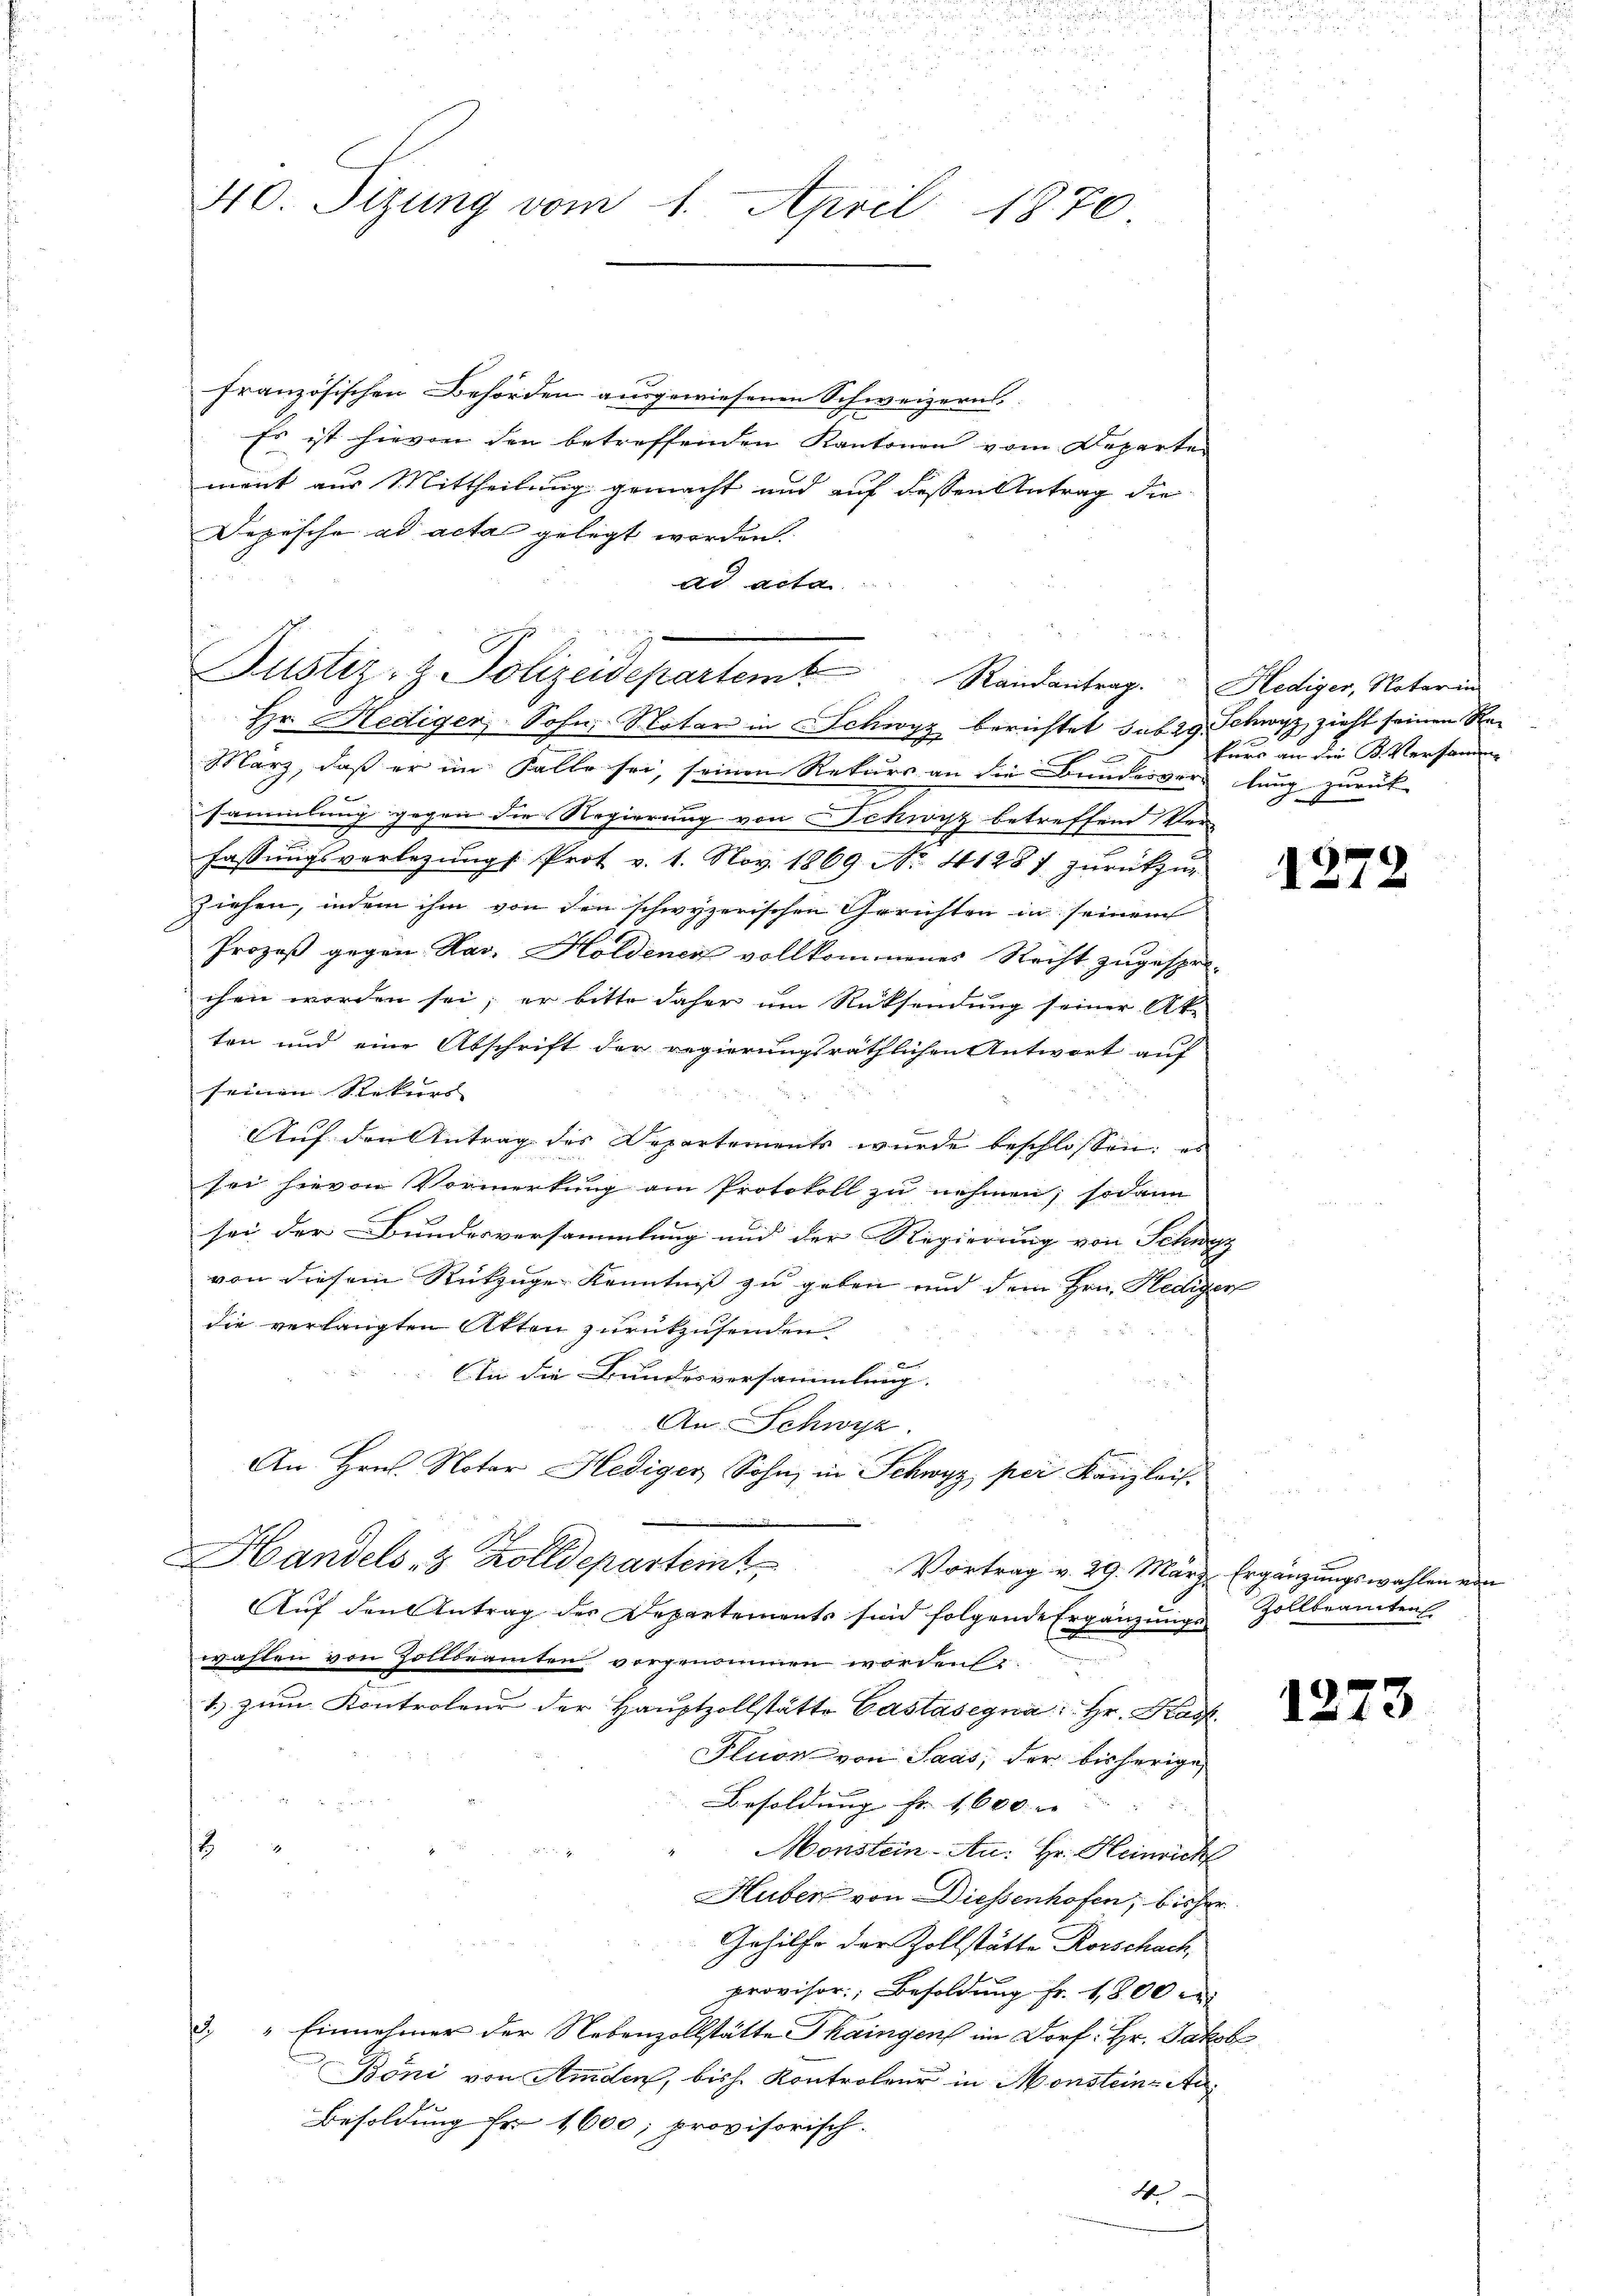
40. Sizung vom 1. April 1870

französischen Behörden ausgewiesenen Schweizern
Es ist hievon den betreffenden Kantonen vom Departen
ment aus Mittheilung gemacht und auf dessen Antrag die
Depesche ad acta gelegt worden.
ad acta
Hr. Hediger, Sohn, Notar in Schwyz berichtet sub 29. Schwyz zieht seinen Re¬
März, daß er im Falle sei, seinen Rekurs an die Bundesver-
sammlung gegen die Regierung von Schwyz betreffend Ver-
Fassungsverlegungs Prot v. 1. Nov. 1869. No. 41287 zurückzu-
ziehen, indem ihm von den schwyzerischen Gerichten in seinem
Prozeß gegen dar. Holdenen vollkommenes Recht zugesprochen worden sei; er bitte daher um Rücksendung seiner Ake
ten und eine Abschrift der regierungsräthlichen Antwort auf
seinen Rekurs
Auf den Antrag des Departements wurde beschlossen: es
sei hievon Vormerkung am Protokoll zu nehmen; sodann
sei der Bundesversammlung und der Regierung von Schwyz
von diesem Rückzuger Kenntniß zu geben und dem Hrn. Hediger
die verlangten Akten zurückzusenden.
In die Bundesversammlung. |
An. Schwyz.
An Hrn. Notar Hediger Sohn, in Schwyz per Kanzlei.
Handels & Zolldepartem Vortrag v. 29. März. Ergänzŭngswahlen von
Auf den Antrag der Departements sind folgende Ergänzungs
wahlen von Zollbeamten vorgenommen worden,
1. zum Kontroleur der Hauptzollstätte Castasegna: Hr. Krach¬
Pluon von Saas, der bisherige,
n
Besoldung Fr. 1600
13
Monstein-An: Hr. Heinrich
Huber von Diessenhofen, bisher
Gehilfe der Zollstätte Rorschach,
provisor, Besoldung Fr. 1800 er
3. " Einnehmer der Nebenzollstätte Thaingen im Dorf: Hr. Jakob
Böni von Amden, bish. Kontroleur in Monsteine Ar¬
Besoldung Fr. 1600; provisorisch.
A

u
Justiz- & Polizeidepartem Randantrag. Hediger, Naterin

kurs an die B. Versammen
lung zurück |
d

1272

Zollbeamten

127

3